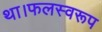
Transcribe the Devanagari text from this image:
था।फलस्वरूप